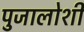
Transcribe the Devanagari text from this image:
पुजालोशी